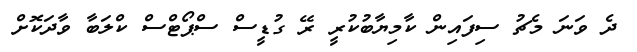
ދެ ވަނަ މެޗު ސިފައިން ކާމިޔާބުކުރީ ރޭ ގުޑީސް ސްޕޯޓްސް ކްލަބާ ވާދަކޮށް